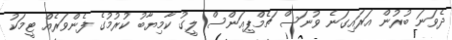
ދެވަނަ ބުރުން އަރައިގަނެ ވުނަސް ޗެމްޕިއަންސް ލީގު ކާމިޔާބު ކުރުމުގެ ފެންވަރެއް ޓީމަކު